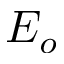
E _ { o }